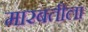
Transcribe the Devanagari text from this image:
मारबतीला